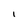
Character: l